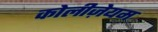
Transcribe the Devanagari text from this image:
कोलीज़ेयम